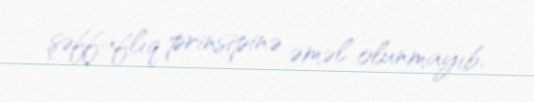
şəffaflıq prinsipinə əməl olunmayıb.